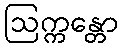
ဩက္ကန္တော